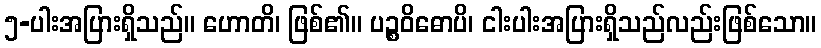
၅-ပါးအပြားရှိသည်။ ဟောတိ၊ ဖြစ်၏။ ပဉ္စဝိဓောပိ၊ ငါးပါးအပြားရှိသည်လည်းဖြစ်သော။